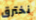
نخترق